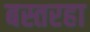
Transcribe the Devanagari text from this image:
बस्तरहा